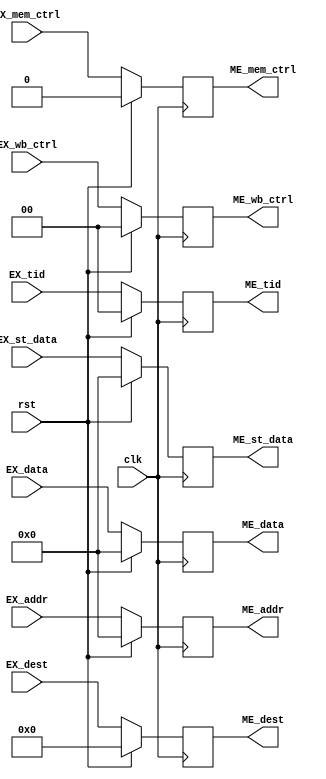
`timescale 1ns / 1ps
//////////////////////////////////////////////////////////////////////////////////
// Company: 
// Engineer: 
// 
// Design Name: 
// Module Name:    EX_MEreg 
// Project Name: 
// Target Devices: 
// Tool versions: 
// Description: 
//
// Dependencies: 
//
// Revision: 
// Revision 0.01 - File Created
// Additional Comments: 
//
//////////////////////////////////////////////////////////////////////////////////
module EX_MEreg(
    input EX_mem_ctrl,
    input [1:0] EX_wb_ctrl,
    input [63:0] EX_data,
    input [63:0] EX_addr,
    input [4:0] EX_dest,
    input [1:0] EX_tid,
	 input [63:0] EX_st_data,
    output ME_mem_ctrl,
    output [1:0] ME_wb_ctrl,
    output [63:0] ME_data,
    output [63:0] ME_addr,
    output [4:0] ME_dest,
    output [1:0] ME_tid,
	 output [63:0] ME_st_data,
    input clk,
    input rst
    );
	 
	 reg mem_ctrl;
	 reg [1:0] wb_ctrl;
	 reg [63:0] data;
	 reg [63:0] addr;
	 reg [4:0] dest;
	 reg [1:0] tid;
	 reg [63:0] st_data;
	 
	 assign ME_mem_ctrl = mem_ctrl;
	 assign ME_wb_ctrl = wb_ctrl;
	 assign ME_data = data;
	 assign ME_addr = addr;
	 assign ME_dest = dest;
	 assign ME_tid = tid;
	 assign ME_st_data = st_data;
	 
	 always @(posedge clk)
	 begin
		if(rst)
		begin
			mem_ctrl <= 0;
			wb_ctrl <= 0;
			data <= 0;
			addr <= 0;
			dest <= 0;
			tid <= 0;
			st_data <= 0;
		end
		else
		begin
			mem_ctrl <= EX_mem_ctrl;
			wb_ctrl <= EX_wb_ctrl;
			data <= EX_data;
			addr <= EX_addr;
			dest <= EX_dest;
			tid <= EX_tid;
			st_data <= EX_st_data;
		end
	 end


endmodule